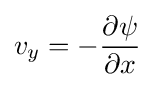
v_{y}=-{\frac {\partial \psi }{\partial x}}